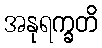
အနုရက္ခတိ